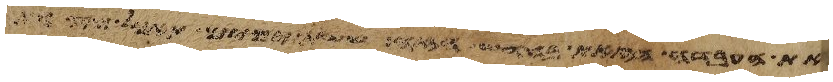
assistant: את העבדה הזאת בחדש הזה ששת ימים תאכל מצות